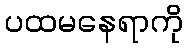
ပထမနေရာကို